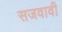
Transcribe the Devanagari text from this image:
सजवावी